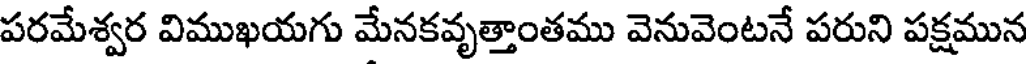
పరమేశ్వర విముఖయగు మేనకవృత్తాంతము వెనువెంటనే పరుని పక్షమున